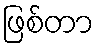
ဖြစ်တာ